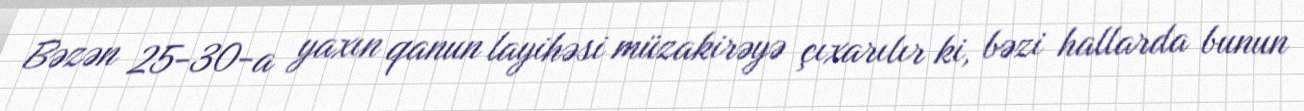
Bəzən 25-30-a yaxın qanun layihəsi müzakirəyə çıxarılır ki, bəzi hallarda bunun